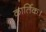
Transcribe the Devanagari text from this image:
कार्तिक।